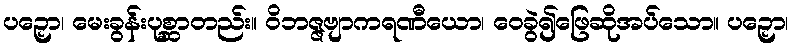
ပဉှော၊ မေးခွန်းပုစ္ဆာတည်း။ ဝိဘဇ္ဇဗျာကရဏီယော၊ ဝေခွဲ၍ဖြေဆိုအပ်သော။ ပဉှော၊